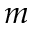
m